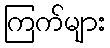
ကြက်များ